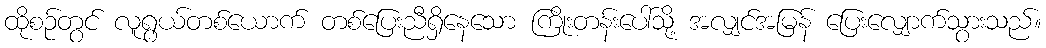
ထိုစဉ်တွင် လူရွယ်တစ်ယောက် တစ်ပြေးညီရှိနေသော ကြိုးတန်းပေါ်သို့ အလျှင်အမြန် ပြေးလျှောက်သွားသည်။